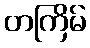
တကြိမ်